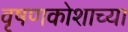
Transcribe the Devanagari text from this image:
वृषणकोशाच्या